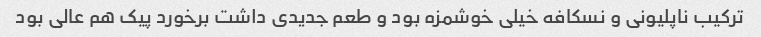
ترکیب ناپلیونی و نسکافه خیلی خوشمزه بود و طعم جدیدی داشت برخورد پیک هم عالی بود